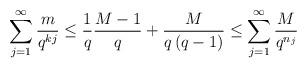
LaTeX: \begin{align*}\sum_{j=1}^{\infty} \frac{m}{q^{kj}} \le \frac{1}{q} \frac{M-1}{q} + \frac{M}{q \left(q-1\right)} \le \sum_{j=1}^{\infty} \frac{M}{q^{n_j}}\end{align*}